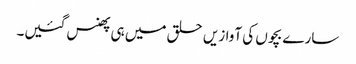
سارے بچوں کی آوازیں حلق میں ہی پھنس گئیں۔